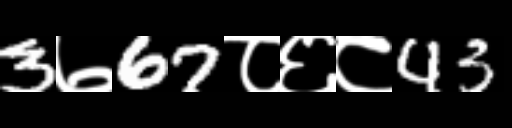
Text: 3७67८६८43